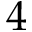
4